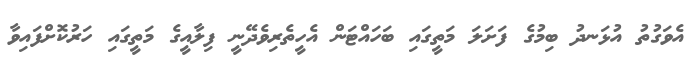
އެވަގުތު އުޅަނދު ބިމުގެ ފަށަލަ މަތީގައި ބަހައްޓަން އެހީތެރިވެދޭނީ ފިލާއީގެ މަތީގައި ހަރުކޮށްފައިވާ